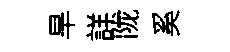
旱詳陇奚